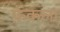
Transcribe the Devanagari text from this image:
फ़ेकला